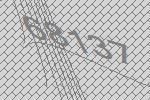
68137